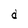
Character: d